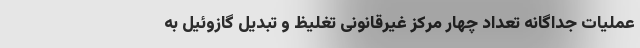
عملیات جداگانه تعداد چهار مرکز غیرقانونی تغلیظ و تبدیل گازوئیل به